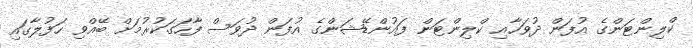
ކްލިންޓަންގެ އުފަން ދުވަހާއި ކްލިންޓަން ފައުންޑޭޝަންގެ އުފަން ދުވަސް ފާހަގަކުރުމަށް ބޭއްވި ހަފުލާގައި